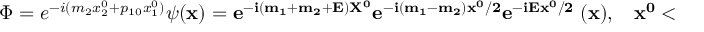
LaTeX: \Phi = e ^ { - i ( m _ { 2 } x _ { 2 } ^ { 0 } + p _ { 1 0 } x _ { 1 } ^ { 0 } ) } \psi ( \bf { x } ) = e ^ { - i ( m _ { 1 } + m _ { 2 } + E ) X ^ { 0 } } e ^ { - i ( m _ { 1 } - m _ { 2 } ) x ^ { 0 } / 2 } e ^ { - i E x ^ { 0 } / 2 } \psi ( \bf { x } ) , \ \ \ \ x ^ { 0 } < 0 ,